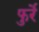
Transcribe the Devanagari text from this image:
फुर्रे